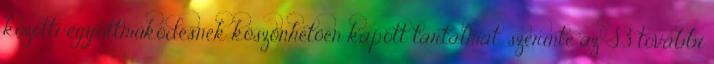
közötti együttműködésnek köszönhetően kapott tartalmat, szerinte az S3 további